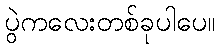
ပွဲကလေးတစ်ခုပါပေ။